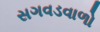
સગવડવાળો